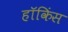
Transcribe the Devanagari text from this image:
हॉकिंस